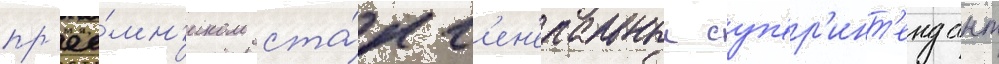
пр'ее́мн'иком ста́л г'ен'еральныи суп'ер'инт'ендант